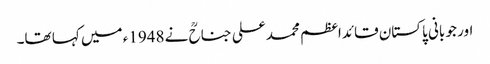
اور جو بانی پاکستان قائداعظم محمد علی جناحؒ نے 1948ء میں کہا تھا۔